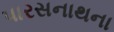
પારસનાથના